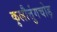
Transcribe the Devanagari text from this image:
कुलौत्तुंगचोड़